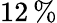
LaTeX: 12\, \%